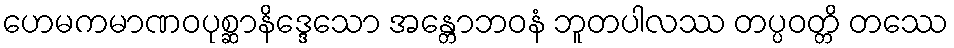
ဟေမကမာဏဝပုစ္ဆာနိဒ္ဒေသော အန္တောဘဝနံ ဘူတပါလဿ တပ္ပဝတ္တိ တဿေ